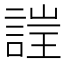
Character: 𲁫